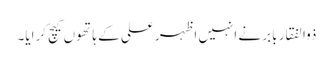
ذوالفقار بابر نے انہیں اظہر علی کے ہاتھوں کیچ کرایا۔